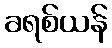
ခရစ်ယန်